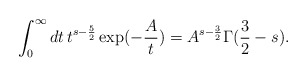
\begin{align*}\int_{0}^{\infty }dt\,t^{s-\frac{5}{2}}\exp (-\frac{A}{t})=A^{s-\frac{3}{2}}\Gamma (\frac{3}{2}-s).\end{align*}